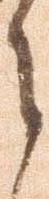
之